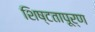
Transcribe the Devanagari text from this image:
शिष्टतापूर्ण